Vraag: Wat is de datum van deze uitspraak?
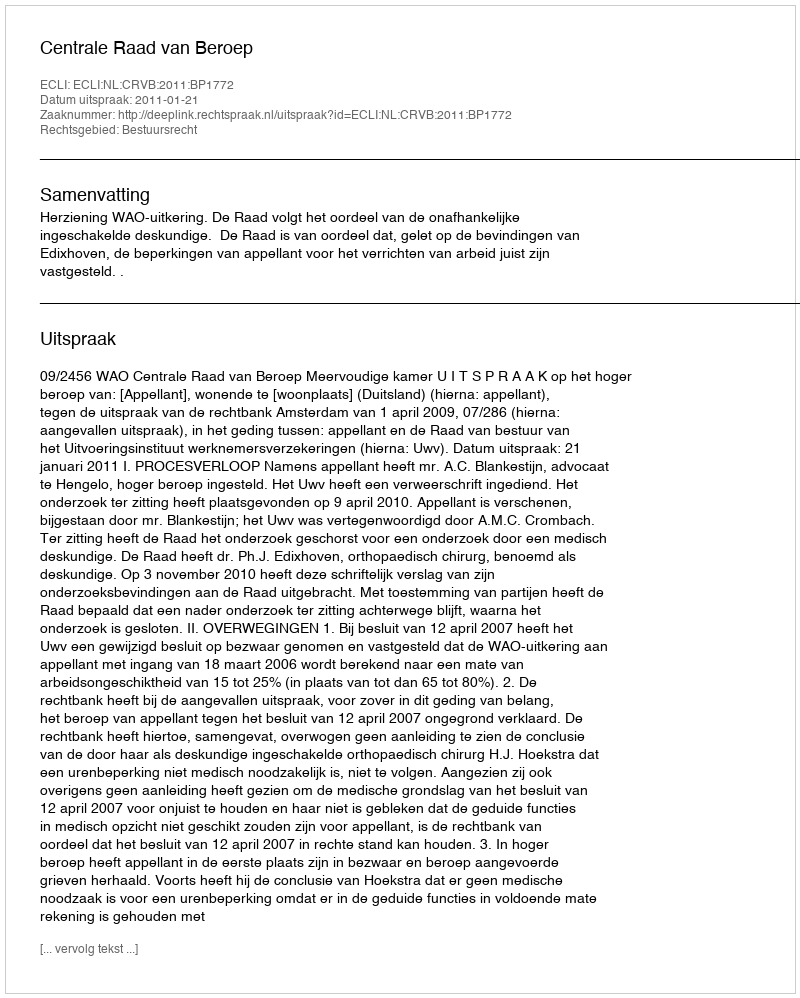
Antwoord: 2011-01-21